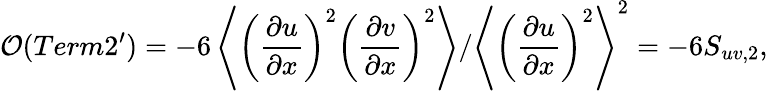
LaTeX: {\cal O}(Term2^{\prime})=-6\left\langle{\left(\frac{\partial u}{\partial x}\right)^{2}\left(\frac{\partial v}{\partial x}\right)^{2}}\right\rangle/\left\langle{\left(\frac{\partial u}{\partial x}\right)^{2}}\right\rangle^{2}=-6S_{uv,2},